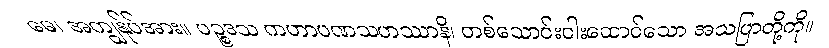
မေ၊ အကျွန်ုပ်အား။ ပဉ္စဒသ ကဟာပဏသဟဿာနိ၊ တစ်သောင်းငါးထောင်သော အသပြာတို့ကို။